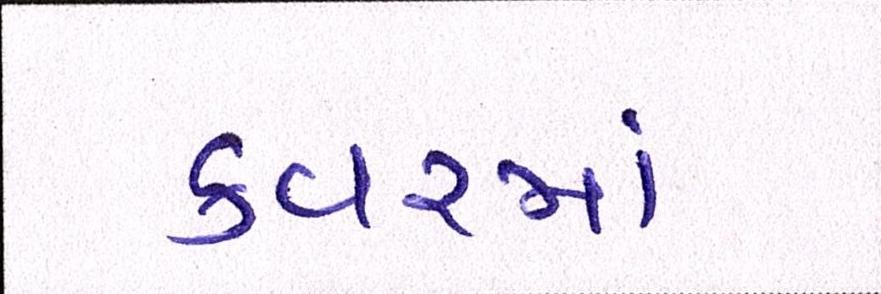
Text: કવરમાં